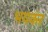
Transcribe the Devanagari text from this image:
भयकंर